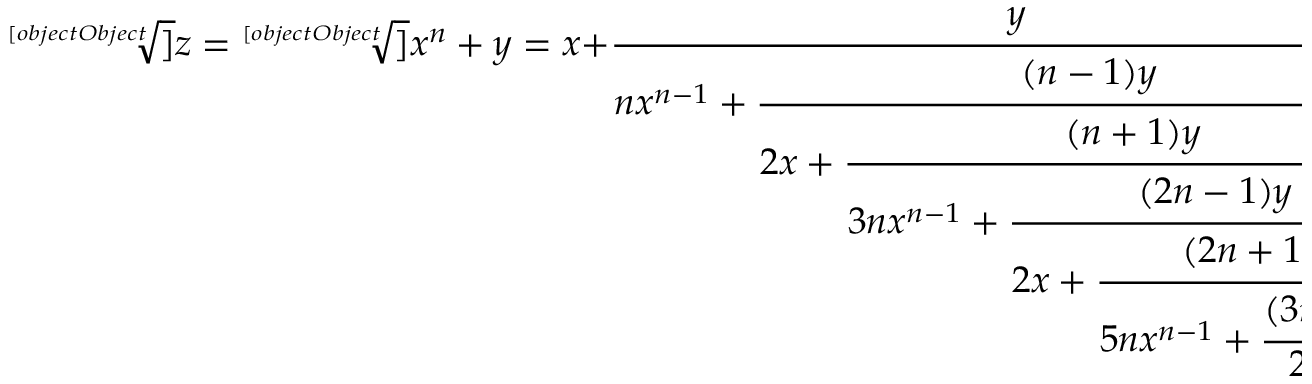
{ \sqrt [ [object Object] ] { z } } = { \sqrt [ [object Object] ] { x ^ { n } + y } } = x + { \cfrac { y } { n x ^ { n - 1 } + { \cfrac { ( n - 1 ) y } { 2 x + { \cfrac { ( n + 1 ) y } { 3 n x ^ { n - 1 } + { \cfrac { ( 2 n - 1 ) y } { 2 x + { \cfrac { ( 2 n + 1 ) y } { 5 n x ^ { n - 1 } + { \cfrac { ( 3 n - 1 ) y } { 2 x + \ddots } } } } } } } } } } } } ;